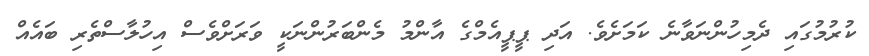
ކުރުމުގައި ދެމިހުންނަވާނެ ކަމަށެވެ. އަދި ޕީޕީއެމްގެ އާންމު މެންބަރުންނަކީ ވަރަށްވެސް އިހުލާސްތެރި ބައެއް